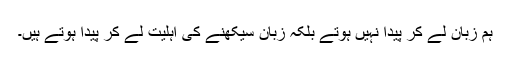
ہم زبان لے کر پیدا نہیں ہوتے بلکہ زبان سیکھنے کی اہلیت لے کر پیدا ہوتے ہیں۔